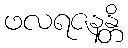
ဖလရဇနန္တိ